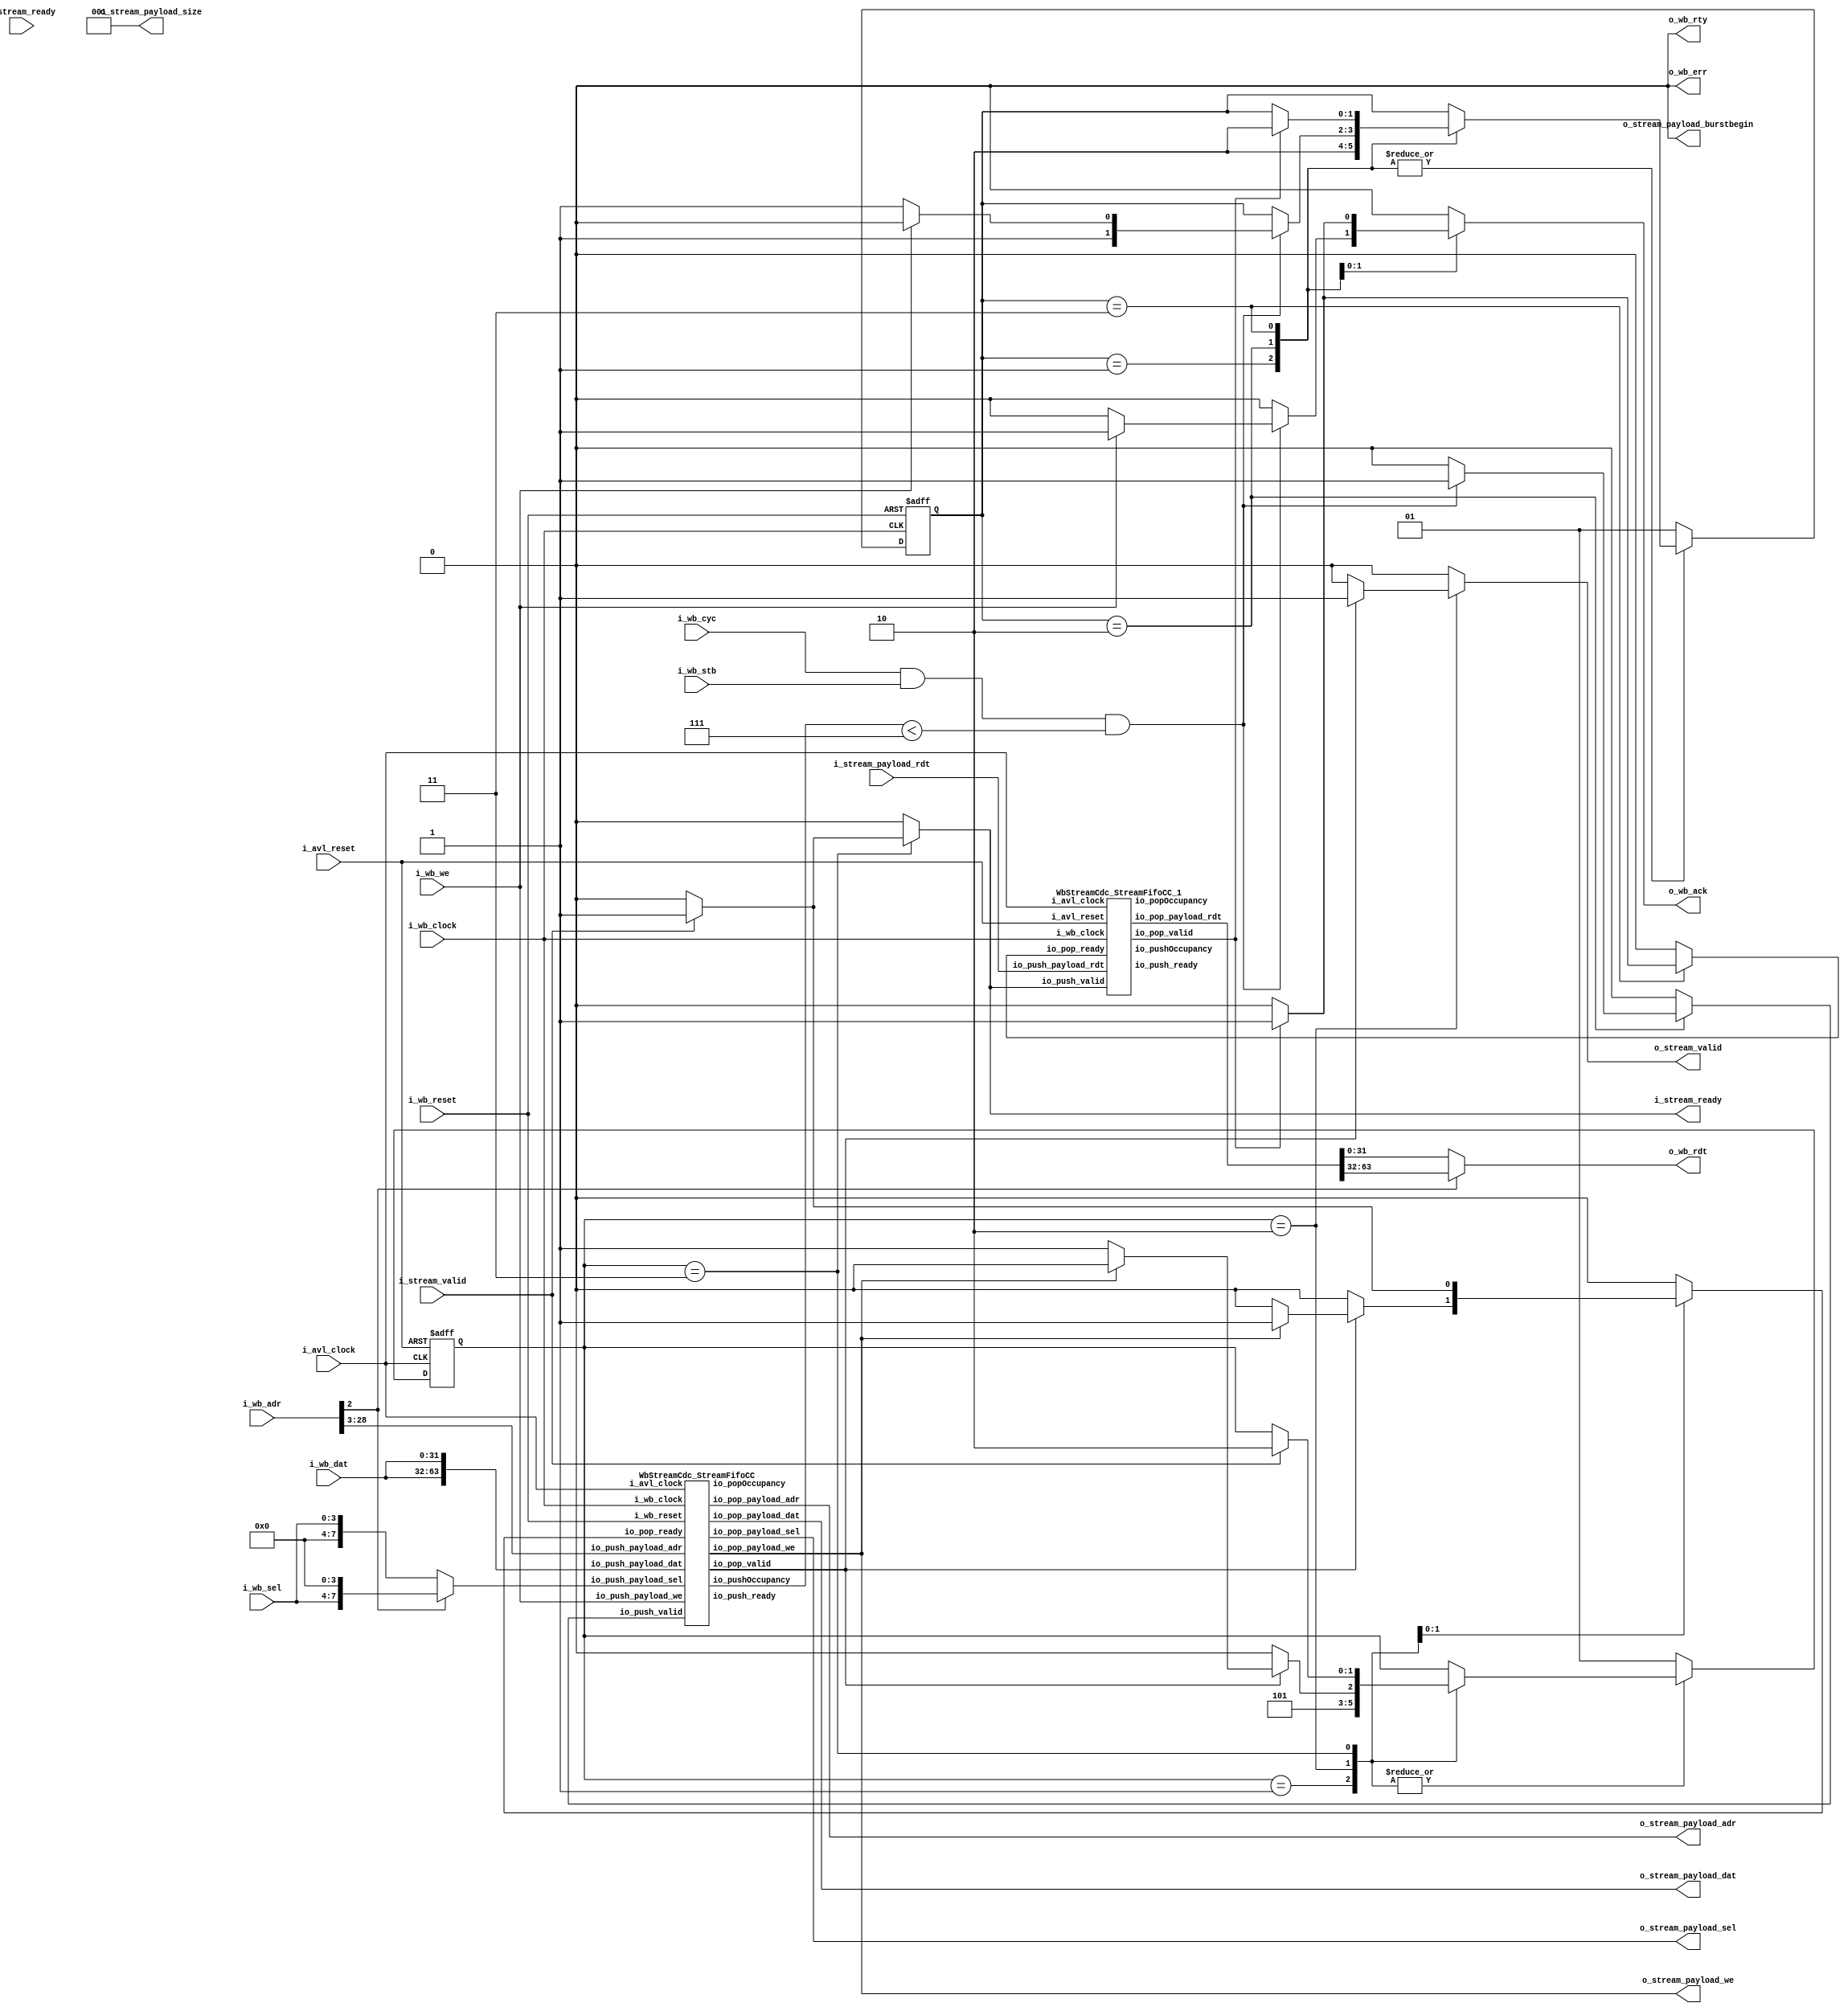
// Generator : SpinalHDL v1.6.4    git head : 598c18959149eb18e5eee5b0aa3eef01ecaa41a1
// Component : WbStreamCdc
// Git hash  : 0d73750da08867d712ad142e7a44c2b5ab44ff1b

`timescale 1ns/1ps 

module WbStreamCdc (
  input               i_wb_clock,
  input               i_wb_reset,
  input      [31:0]   i_wb_adr,
  input      [3:0]    i_wb_sel,
  input      [31:0]   i_wb_dat,
  output reg [31:0]   o_wb_rdt,
  input               i_wb_we,
  input               i_wb_cyc,
  input               i_wb_stb,
  output reg          o_wb_ack,
  output              o_wb_err,
  output              o_wb_rty,
  input               i_avl_clock,
  input               i_avl_reset,
  input               i_stream_valid,
  output reg          i_stream_ready,
  input      [63:0]   i_stream_payload_rdt,
  output reg          o_stream_valid,
  input               o_stream_ready,
  output              o_stream_payload_we,
  output     [25:0]   o_stream_payload_adr,
  output     [63:0]   o_stream_payload_dat,
  output     [7:0]    o_stream_payload_sel,
  output              o_stream_payload_burstbegin,
  output     [2:0]    o_stream_payload_size
);
  localparam wbClockArea_wbStateMachine_enumDef_BOOT = 2'd0;
  localparam wbClockArea_wbStateMachine_enumDef_Init = 2'd1;
  localparam wbClockArea_wbStateMachine_enumDef_Idle = 2'd2;
  localparam wbClockArea_wbStateMachine_enumDef_Read = 2'd3;
  localparam avlClockArea_avlStateMachine_enumDef_BOOT = 2'd0;
  localparam avlClockArea_avlStateMachine_enumDef_Init = 2'd1;
  localparam avlClockArea_avlStateMachine_enumDef_Idle = 2'd2;
  localparam avlClockArea_avlStateMachine_enumDef_Read = 2'd3;

  wire                fromWbStreamFifo_io_push_ready;
  wire                fromWbStreamFifo_io_pop_valid;
  wire                fromWbStreamFifo_io_pop_payload_we;
  wire       [25:0]   fromWbStreamFifo_io_pop_payload_adr;
  wire       [7:0]    fromWbStreamFifo_io_pop_payload_sel;
  wire       [63:0]   fromWbStreamFifo_io_pop_payload_dat;
  wire       [3:0]    fromWbStreamFifo_io_pushOccupancy;
  wire       [3:0]    fromWbStreamFifo_io_popOccupancy;
  wire                fromMemStreamFifoCC_io_push_ready;
  wire                fromMemStreamFifoCC_io_pop_valid;
  wire       [63:0]   fromMemStreamFifoCC_io_pop_payload_rdt;
  wire       [1:0]    fromMemStreamFifoCC_io_pushOccupancy;
  wire       [1:0]    fromMemStreamFifoCC_io_popOccupancy;
  reg        [7:0]    sel;
  reg                 fromWbToCdcStream_valid;
  wire                fromWbToCdcStream_ready;
  wire                fromWbToCdcStream_payload_we;
  wire       [25:0]   fromWbToCdcStream_payload_adr;
  wire       [7:0]    fromWbToCdcStream_payload_sel;
  wire       [63:0]   fromWbToCdcStream_payload_dat;
  wire                fromCdcToMemStream_valid;
  reg                 fromCdcToMemStream_ready;
  wire                fromCdcToMemStream_payload_we;
  wire       [25:0]   fromCdcToMemStream_payload_adr;
  wire       [7:0]    fromCdcToMemStream_payload_sel;
  wire       [63:0]   fromCdcToMemStream_payload_dat;
  reg                 fromMemToCdcStream_valid;
  wire                fromMemToCdcStream_ready;
  wire       [63:0]   fromMemToCdcStream_payload_rdt;
  wire                fromCdcToWbStream_valid;
  reg                 fromCdcToWbStream_ready;
  wire       [63:0]   fromCdcToWbStream_payload_rdt;
  wire                switch_WbStreamCdc_l184;
  wire                wbClockArea_wbStateMachine_wantExit;
  reg                 wbClockArea_wbStateMachine_wantStart;
  wire                wbClockArea_wbStateMachine_wantKill;
  wire                avlClockArea_avlStateMachine_wantExit;
  reg                 avlClockArea_avlStateMachine_wantStart;
  wire                avlClockArea_avlStateMachine_wantKill;
  reg        [1:0]    wbClockArea_wbStateMachine_stateReg;
  reg        [1:0]    wbClockArea_wbStateMachine_stateNext;
  wire                when_WbStreamCdc_l214;
  wire                when_WbStreamCdc_l217;
  reg        [1:0]    avlClockArea_avlStateMachine_stateReg;
  reg        [1:0]    avlClockArea_avlStateMachine_stateNext;
  `ifndef SYNTHESIS
  reg [31:0] wbClockArea_wbStateMachine_stateReg_string;
  reg [31:0] wbClockArea_wbStateMachine_stateNext_string;
  reg [31:0] avlClockArea_avlStateMachine_stateReg_string;
  reg [31:0] avlClockArea_avlStateMachine_stateNext_string;
  `endif


  WbStreamCdc_StreamFifoCC fromWbStreamFifo (
    .io_push_valid          (fromWbToCdcStream_valid                    ), //i
    .io_push_ready          (fromWbStreamFifo_io_push_ready             ), //o
    .io_push_payload_we     (fromWbToCdcStream_payload_we               ), //i
    .io_push_payload_adr    (fromWbToCdcStream_payload_adr[25:0]        ), //i
    .io_push_payload_sel    (fromWbToCdcStream_payload_sel[7:0]         ), //i
    .io_push_payload_dat    (fromWbToCdcStream_payload_dat[63:0]        ), //i
    .io_pop_valid           (fromWbStreamFifo_io_pop_valid              ), //o
    .io_pop_ready           (fromCdcToMemStream_ready                   ), //i
    .io_pop_payload_we      (fromWbStreamFifo_io_pop_payload_we         ), //o
    .io_pop_payload_adr     (fromWbStreamFifo_io_pop_payload_adr[25:0]  ), //o
    .io_pop_payload_sel     (fromWbStreamFifo_io_pop_payload_sel[7:0]   ), //o
    .io_pop_payload_dat     (fromWbStreamFifo_io_pop_payload_dat[63:0]  ), //o
    .io_pushOccupancy       (fromWbStreamFifo_io_pushOccupancy[3:0]     ), //o
    .io_popOccupancy        (fromWbStreamFifo_io_popOccupancy[3:0]      ), //o
    .i_wb_clock             (i_wb_clock                                 ), //i
    .i_wb_reset             (i_wb_reset                                 ), //i
    .i_avl_clock            (i_avl_clock                                )  //i
  );
  WbStreamCdc_StreamFifoCC_1 fromMemStreamFifoCC (
    .io_push_valid          (fromMemToCdcStream_valid                      ), //i
    .io_push_ready          (fromMemStreamFifoCC_io_push_ready             ), //o
    .io_push_payload_rdt    (fromMemToCdcStream_payload_rdt[63:0]          ), //i
    .io_pop_valid           (fromMemStreamFifoCC_io_pop_valid              ), //o
    .io_pop_ready           (fromCdcToWbStream_ready                       ), //i
    .io_pop_payload_rdt     (fromMemStreamFifoCC_io_pop_payload_rdt[63:0]  ), //o
    .io_pushOccupancy       (fromMemStreamFifoCC_io_pushOccupancy[1:0]     ), //o
    .io_popOccupancy        (fromMemStreamFifoCC_io_popOccupancy[1:0]      ), //o
    .i_avl_clock            (i_avl_clock                                   ), //i
    .i_avl_reset            (i_avl_reset                                   ), //i
    .i_wb_clock             (i_wb_clock                                    )  //i
  );
  `ifndef SYNTHESIS
  always @(*) begin
    case(wbClockArea_wbStateMachine_stateReg)
      wbClockArea_wbStateMachine_enumDef_BOOT : wbClockArea_wbStateMachine_stateReg_string = "BOOT";
      wbClockArea_wbStateMachine_enumDef_Init : wbClockArea_wbStateMachine_stateReg_string = "Init";
      wbClockArea_wbStateMachine_enumDef_Idle : wbClockArea_wbStateMachine_stateReg_string = "Idle";
      wbClockArea_wbStateMachine_enumDef_Read : wbClockArea_wbStateMachine_stateReg_string = "Read";
      default : wbClockArea_wbStateMachine_stateReg_string = "????";
    endcase
  end
  always @(*) begin
    case(wbClockArea_wbStateMachine_stateNext)
      wbClockArea_wbStateMachine_enumDef_BOOT : wbClockArea_wbStateMachine_stateNext_string = "BOOT";
      wbClockArea_wbStateMachine_enumDef_Init : wbClockArea_wbStateMachine_stateNext_string = "Init";
      wbClockArea_wbStateMachine_enumDef_Idle : wbClockArea_wbStateMachine_stateNext_string = "Idle";
      wbClockArea_wbStateMachine_enumDef_Read : wbClockArea_wbStateMachine_stateNext_string = "Read";
      default : wbClockArea_wbStateMachine_stateNext_string = "????";
    endcase
  end
  always @(*) begin
    case(avlClockArea_avlStateMachine_stateReg)
      avlClockArea_avlStateMachine_enumDef_BOOT : avlClockArea_avlStateMachine_stateReg_string = "BOOT";
      avlClockArea_avlStateMachine_enumDef_Init : avlClockArea_avlStateMachine_stateReg_string = "Init";
      avlClockArea_avlStateMachine_enumDef_Idle : avlClockArea_avlStateMachine_stateReg_string = "Idle";
      avlClockArea_avlStateMachine_enumDef_Read : avlClockArea_avlStateMachine_stateReg_string = "Read";
      default : avlClockArea_avlStateMachine_stateReg_string = "????";
    endcase
  end
  always @(*) begin
    case(avlClockArea_avlStateMachine_stateNext)
      avlClockArea_avlStateMachine_enumDef_BOOT : avlClockArea_avlStateMachine_stateNext_string = "BOOT";
      avlClockArea_avlStateMachine_enumDef_Init : avlClockArea_avlStateMachine_stateNext_string = "Init";
      avlClockArea_avlStateMachine_enumDef_Idle : avlClockArea_avlStateMachine_stateNext_string = "Idle";
      avlClockArea_avlStateMachine_enumDef_Read : avlClockArea_avlStateMachine_stateNext_string = "Read";
      default : avlClockArea_avlStateMachine_stateNext_string = "????";
    endcase
  end
  `endif

  assign o_wb_err = 1'b0;
  assign o_wb_rty = 1'b0;
  always @(*) begin
    fromWbToCdcStream_valid = 1'b0;
    case(wbClockArea_wbStateMachine_stateReg)
      wbClockArea_wbStateMachine_enumDef_Init : begin
      end
      wbClockArea_wbStateMachine_enumDef_Idle : begin
        if(when_WbStreamCdc_l214) begin
          fromWbToCdcStream_valid = 1'b1;
        end
      end
      wbClockArea_wbStateMachine_enumDef_Read : begin
      end
      default : begin
      end
    endcase
  end

  assign fromWbToCdcStream_payload_adr = i_wb_adr[28 : 3];
  assign fromWbToCdcStream_payload_dat = {i_wb_dat,i_wb_dat};
  assign fromWbToCdcStream_payload_we = i_wb_we;
  assign fromWbToCdcStream_payload_sel = sel;
  always @(*) begin
    fromCdcToMemStream_ready = 1'b0;
    case(avlClockArea_avlStateMachine_stateReg)
      avlClockArea_avlStateMachine_enumDef_Init : begin
      end
      avlClockArea_avlStateMachine_enumDef_Idle : begin
        if(fromCdcToMemStream_valid) begin
          if(fromCdcToMemStream_payload_we) begin
            fromCdcToMemStream_ready = 1'b1;
          end
        end
      end
      avlClockArea_avlStateMachine_enumDef_Read : begin
        if(i_stream_valid) begin
          fromCdcToMemStream_ready = 1'b1;
        end
      end
      default : begin
      end
    endcase
  end

  assign fromWbToCdcStream_ready = fromWbStreamFifo_io_push_ready;
  assign fromCdcToMemStream_valid = fromWbStreamFifo_io_pop_valid;
  assign fromCdcToMemStream_payload_we = fromWbStreamFifo_io_pop_payload_we;
  assign fromCdcToMemStream_payload_adr = fromWbStreamFifo_io_pop_payload_adr;
  assign fromCdcToMemStream_payload_sel = fromWbStreamFifo_io_pop_payload_sel;
  assign fromCdcToMemStream_payload_dat = fromWbStreamFifo_io_pop_payload_dat;
  always @(*) begin
    fromMemToCdcStream_valid = 1'b0;
    case(avlClockArea_avlStateMachine_stateReg)
      avlClockArea_avlStateMachine_enumDef_Init : begin
      end
      avlClockArea_avlStateMachine_enumDef_Idle : begin
      end
      avlClockArea_avlStateMachine_enumDef_Read : begin
        if(i_stream_valid) begin
          fromMemToCdcStream_valid = 1'b1;
        end
      end
      default : begin
      end
    endcase
  end

  always @(*) begin
    fromCdcToWbStream_ready = 1'b0;
    case(wbClockArea_wbStateMachine_stateReg)
      wbClockArea_wbStateMachine_enumDef_Init : begin
      end
      wbClockArea_wbStateMachine_enumDef_Idle : begin
      end
      wbClockArea_wbStateMachine_enumDef_Read : begin
        if(fromCdcToWbStream_valid) begin
          fromCdcToWbStream_ready = 1'b1;
        end
      end
      default : begin
      end
    endcase
  end

  assign fromMemToCdcStream_ready = fromMemStreamFifoCC_io_push_ready;
  assign fromCdcToWbStream_valid = fromMemStreamFifoCC_io_pop_valid;
  assign fromCdcToWbStream_payload_rdt = fromMemStreamFifoCC_io_pop_payload_rdt;
  assign switch_WbStreamCdc_l184 = i_wb_adr[2];
  always @(*) begin
    case(switch_WbStreamCdc_l184)
      1'b0 : begin
        sel = {4'b0000,i_wb_sel};
      end
      default : begin
        sel = {i_wb_sel,4'b0000};
      end
    endcase
  end

  always @(*) begin
    case(switch_WbStreamCdc_l184)
      1'b0 : begin
        o_wb_rdt = fromCdcToWbStream_payload_rdt[31 : 0];
      end
      default : begin
        o_wb_rdt = fromCdcToWbStream_payload_rdt[63 : 32];
      end
    endcase
  end

  always @(*) begin
    o_wb_ack = 1'b0;
    case(wbClockArea_wbStateMachine_stateReg)
      wbClockArea_wbStateMachine_enumDef_Init : begin
      end
      wbClockArea_wbStateMachine_enumDef_Idle : begin
        if(when_WbStreamCdc_l214) begin
          if(when_WbStreamCdc_l217) begin
            o_wb_ack = 1'b1;
          end
        end
      end
      wbClockArea_wbStateMachine_enumDef_Read : begin
        if(fromCdcToWbStream_valid) begin
          o_wb_ack = 1'b1;
        end
      end
      default : begin
      end
    endcase
  end

  assign wbClockArea_wbStateMachine_wantExit = 1'b0;
  always @(*) begin
    wbClockArea_wbStateMachine_wantStart = 1'b0;
    case(wbClockArea_wbStateMachine_stateReg)
      wbClockArea_wbStateMachine_enumDef_Init : begin
      end
      wbClockArea_wbStateMachine_enumDef_Idle : begin
      end
      wbClockArea_wbStateMachine_enumDef_Read : begin
      end
      default : begin
        wbClockArea_wbStateMachine_wantStart = 1'b1;
      end
    endcase
  end

  assign wbClockArea_wbStateMachine_wantKill = 1'b0;
  always @(*) begin
    i_stream_ready = 1'b0;
    case(avlClockArea_avlStateMachine_stateReg)
      avlClockArea_avlStateMachine_enumDef_Init : begin
      end
      avlClockArea_avlStateMachine_enumDef_Idle : begin
      end
      avlClockArea_avlStateMachine_enumDef_Read : begin
        if(i_stream_valid) begin
          i_stream_ready = 1'b1;
        end
      end
      default : begin
      end
    endcase
  end

  always @(*) begin
    o_stream_valid = 1'b0;
    case(avlClockArea_avlStateMachine_stateReg)
      avlClockArea_avlStateMachine_enumDef_Init : begin
      end
      avlClockArea_avlStateMachine_enumDef_Idle : begin
        if(fromCdcToMemStream_valid) begin
          o_stream_valid = 1'b1;
        end
      end
      avlClockArea_avlStateMachine_enumDef_Read : begin
      end
      default : begin
      end
    endcase
  end

  assign o_stream_payload_sel = fromCdcToMemStream_payload_sel;
  assign o_stream_payload_dat = fromCdcToMemStream_payload_dat;
  assign o_stream_payload_burstbegin = 1'b0;
  assign o_stream_payload_size = 3'b001;
  assign o_stream_payload_we = fromCdcToMemStream_payload_we;
  assign o_stream_payload_adr = fromCdcToMemStream_payload_adr;
  assign fromMemToCdcStream_payload_rdt = i_stream_payload_rdt;
  assign avlClockArea_avlStateMachine_wantExit = 1'b0;
  always @(*) begin
    avlClockArea_avlStateMachine_wantStart = 1'b0;
    case(avlClockArea_avlStateMachine_stateReg)
      avlClockArea_avlStateMachine_enumDef_Init : begin
      end
      avlClockArea_avlStateMachine_enumDef_Idle : begin
      end
      avlClockArea_avlStateMachine_enumDef_Read : begin
      end
      default : begin
        avlClockArea_avlStateMachine_wantStart = 1'b1;
      end
    endcase
  end

  assign avlClockArea_avlStateMachine_wantKill = 1'b0;
  always @(*) begin
    wbClockArea_wbStateMachine_stateNext = wbClockArea_wbStateMachine_stateReg;
    case(wbClockArea_wbStateMachine_stateReg)
      wbClockArea_wbStateMachine_enumDef_Init : begin
        wbClockArea_wbStateMachine_stateNext = wbClockArea_wbStateMachine_enumDef_Idle;
      end
      wbClockArea_wbStateMachine_enumDef_Idle : begin
        if(when_WbStreamCdc_l214) begin
          if(when_WbStreamCdc_l217) begin
            wbClockArea_wbStateMachine_stateNext = wbClockArea_wbStateMachine_enumDef_Idle;
          end else begin
            wbClockArea_wbStateMachine_stateNext = wbClockArea_wbStateMachine_enumDef_Read;
          end
        end
      end
      wbClockArea_wbStateMachine_enumDef_Read : begin
        if(fromCdcToWbStream_valid) begin
          wbClockArea_wbStateMachine_stateNext = wbClockArea_wbStateMachine_enumDef_Idle;
        end
      end
      default : begin
      end
    endcase
    if(wbClockArea_wbStateMachine_wantStart) begin
      wbClockArea_wbStateMachine_stateNext = wbClockArea_wbStateMachine_enumDef_Init;
    end
    if(wbClockArea_wbStateMachine_wantKill) begin
      wbClockArea_wbStateMachine_stateNext = wbClockArea_wbStateMachine_enumDef_BOOT;
    end
  end

  assign when_WbStreamCdc_l214 = ((i_wb_cyc && i_wb_stb) && (fromWbStreamFifo_io_pushOccupancy < 4'b0111));
  assign when_WbStreamCdc_l217 = (i_wb_we == 1'b1);
  always @(*) begin
    avlClockArea_avlStateMachine_stateNext = avlClockArea_avlStateMachine_stateReg;
    case(avlClockArea_avlStateMachine_stateReg)
      avlClockArea_avlStateMachine_enumDef_Init : begin
        avlClockArea_avlStateMachine_stateNext = avlClockArea_avlStateMachine_enumDef_Idle;
      end
      avlClockArea_avlStateMachine_enumDef_Idle : begin
        avlClockArea_avlStateMachine_stateNext = avlClockArea_avlStateMachine_enumDef_Idle;
        if(fromCdcToMemStream_valid) begin
          if(!fromCdcToMemStream_payload_we) begin
            avlClockArea_avlStateMachine_stateNext = avlClockArea_avlStateMachine_enumDef_Read;
          end
        end
      end
      avlClockArea_avlStateMachine_enumDef_Read : begin
        if(i_stream_valid) begin
          avlClockArea_avlStateMachine_stateNext = avlClockArea_avlStateMachine_enumDef_Idle;
        end
      end
      default : begin
      end
    endcase
    if(avlClockArea_avlStateMachine_wantStart) begin
      avlClockArea_avlStateMachine_stateNext = avlClockArea_avlStateMachine_enumDef_Init;
    end
    if(avlClockArea_avlStateMachine_wantKill) begin
      avlClockArea_avlStateMachine_stateNext = avlClockArea_avlStateMachine_enumDef_BOOT;
    end
  end

  always @(posedge i_wb_clock or posedge i_wb_reset) begin
    if(i_wb_reset) begin
      wbClockArea_wbStateMachine_stateReg <= wbClockArea_wbStateMachine_enumDef_BOOT;
    end else begin
      wbClockArea_wbStateMachine_stateReg <= wbClockArea_wbStateMachine_stateNext;
    end
  end

  always @(posedge i_avl_clock or posedge i_avl_reset) begin
    if(i_avl_reset) begin
      avlClockArea_avlStateMachine_stateReg <= avlClockArea_avlStateMachine_enumDef_BOOT;
    end else begin
      avlClockArea_avlStateMachine_stateReg <= avlClockArea_avlStateMachine_stateNext;
    end
  end


endmodule

module WbStreamCdc_StreamFifoCC_1 (
  input               io_push_valid,
  output              io_push_ready,
  input      [63:0]   io_push_payload_rdt,
  output              io_pop_valid,
  input               io_pop_ready,
  output     [63:0]   io_pop_payload_rdt,
  output     [1:0]    io_pushOccupancy,
  output     [1:0]    io_popOccupancy,
  input               i_avl_clock,
  input               i_avl_reset,
  input               i_wb_clock
);

  reg        [63:0]   _zz_ram_port1;
  wire       [1:0]    popToPushGray_buffercc_io_dataOut;
  wire                bufferCC_io_dataOut;
  wire       [1:0]    pushToPopGray_buffercc_io_dataOut;
  wire       [1:0]    _zz_pushCC_pushPtrGray;
  wire       [0:0]    _zz_ram_port;
  wire       [1:0]    _zz_popCC_popPtrGray;
  wire       [0:0]    _zz_ram_port_1;
  wire                _zz_ram_port_2;
  wire       [0:0]    _zz_io_pop_payload_rdt_1;
  wire                _zz_io_pop_payload_rdt_2;
  reg                 _zz_1;
  wire       [1:0]    popToPushGray;
  wire       [1:0]    pushToPopGray;
  reg        [1:0]    pushCC_pushPtr;
  wire       [1:0]    pushCC_pushPtrPlus;
  wire                io_push_fire;
  reg        [1:0]    pushCC_pushPtrGray;
  wire       [1:0]    pushCC_popPtrGray;
  wire                pushCC_full;
  wire                io_push_fire_1;
  wire                _zz_io_pushOccupancy;
  wire                toplevel_i_avl_reset_syncronized;
  reg        [1:0]    popCC_popPtr;
  wire       [1:0]    popCC_popPtrPlus;
  wire                io_pop_fire;
  reg        [1:0]    popCC_popPtrGray;
  wire       [1:0]    popCC_pushPtrGray;
  wire                popCC_empty;
  wire                io_pop_fire_1;
  wire       [1:0]    _zz_io_pop_payload_rdt;
  wire                io_pop_fire_2;
  wire                _zz_io_popOccupancy;
  reg [63:0] ram [0:1];

  assign _zz_pushCC_pushPtrGray = (pushCC_pushPtrPlus >>> 1'b1);
  assign _zz_ram_port = pushCC_pushPtr[0:0];
  assign _zz_popCC_popPtrGray = (popCC_popPtrPlus >>> 1'b1);
  assign _zz_io_pop_payload_rdt_1 = _zz_io_pop_payload_rdt[0:0];
  assign _zz_io_pop_payload_rdt_2 = 1'b1;
  always @(posedge i_avl_clock) begin
    if(_zz_1) begin
      ram[_zz_ram_port] <= io_push_payload_rdt;
    end
  end

  always @(posedge i_wb_clock) begin
    if(_zz_io_pop_payload_rdt_2) begin
      _zz_ram_port1 <= ram[_zz_io_pop_payload_rdt_1];
    end
  end

  WbStreamCdc_BufferCC_3 popToPushGray_buffercc (
    .io_dataIn      (popToPushGray[1:0]                      ), //i
    .io_dataOut     (popToPushGray_buffercc_io_dataOut[1:0]  ), //o
    .i_avl_clock    (i_avl_clock                             ), //i
    .i_avl_reset    (i_avl_reset                             )  //i
  );
  WbStreamCdc_BufferCC_4 bufferCC (
    .io_dataIn      (1'b0                 ), //i
    .io_dataOut     (bufferCC_io_dataOut  ), //o
    .i_wb_clock     (i_wb_clock           ), //i
    .i_avl_reset    (i_avl_reset          )  //i
  );
  WbStreamCdc_BufferCC_5 pushToPopGray_buffercc (
    .io_dataIn                           (pushToPopGray[1:0]                      ), //i
    .io_dataOut                          (pushToPopGray_buffercc_io_dataOut[1:0]  ), //o
    .i_wb_clock                          (i_wb_clock                              ), //i
    .toplevel_i_avl_reset_syncronized    (toplevel_i_avl_reset_syncronized        )  //i
  );
  always @(*) begin
    _zz_1 = 1'b0;
    if(io_push_fire_1) begin
      _zz_1 = 1'b1;
    end
  end

  assign pushCC_pushPtrPlus = (pushCC_pushPtr + 2'b01);
  assign io_push_fire = (io_push_valid && io_push_ready);
  assign pushCC_popPtrGray = popToPushGray_buffercc_io_dataOut;
  assign pushCC_full = ((pushCC_pushPtrGray[1 : 0] == (~ pushCC_popPtrGray[1 : 0])) && 1'b1);
  assign io_push_ready = (! pushCC_full);
  assign io_push_fire_1 = (io_push_valid && io_push_ready);
  assign _zz_io_pushOccupancy = pushCC_popPtrGray[1];
  assign io_pushOccupancy = (pushCC_pushPtr - {_zz_io_pushOccupancy,(pushCC_popPtrGray[0] ^ _zz_io_pushOccupancy)});
  assign toplevel_i_avl_reset_syncronized = bufferCC_io_dataOut;
  assign popCC_popPtrPlus = (popCC_popPtr + 2'b01);
  assign io_pop_fire = (io_pop_valid && io_pop_ready);
  assign popCC_pushPtrGray = pushToPopGray_buffercc_io_dataOut;
  assign popCC_empty = (popCC_popPtrGray == popCC_pushPtrGray);
  assign io_pop_valid = (! popCC_empty);
  assign io_pop_fire_1 = (io_pop_valid && io_pop_ready);
  assign _zz_io_pop_payload_rdt = (io_pop_fire_1 ? popCC_popPtrPlus : popCC_popPtr);
  assign io_pop_payload_rdt = _zz_ram_port1[63 : 0];
  assign io_pop_fire_2 = (io_pop_valid && io_pop_ready);
  assign _zz_io_popOccupancy = popCC_pushPtrGray[1];
  assign io_popOccupancy = ({_zz_io_popOccupancy,(popCC_pushPtrGray[0] ^ _zz_io_popOccupancy)} - popCC_popPtr);
  assign pushToPopGray = pushCC_pushPtrGray;
  assign popToPushGray = popCC_popPtrGray;
  always @(posedge i_avl_clock or posedge i_avl_reset) begin
    if(i_avl_reset) begin
      pushCC_pushPtr <= 2'b00;
      pushCC_pushPtrGray <= 2'b00;
    end else begin
      if(io_push_fire) begin
        pushCC_pushPtrGray <= (_zz_pushCC_pushPtrGray ^ pushCC_pushPtrPlus);
      end
      if(io_push_fire_1) begin
        pushCC_pushPtr <= pushCC_pushPtrPlus;
      end
    end
  end

  always @(posedge i_wb_clock or posedge toplevel_i_avl_reset_syncronized) begin
    if(toplevel_i_avl_reset_syncronized) begin
      popCC_popPtr <= 2'b00;
      popCC_popPtrGray <= 2'b00;
    end else begin
      if(io_pop_fire) begin
        popCC_popPtrGray <= (_zz_popCC_popPtrGray ^ popCC_popPtrPlus);
      end
      if(io_pop_fire_2) begin
        popCC_popPtr <= popCC_popPtrPlus;
      end
    end
  end


endmodule

module WbStreamCdc_StreamFifoCC (
  input               io_push_valid,
  output              io_push_ready,
  input               io_push_payload_we,
  input      [25:0]   io_push_payload_adr,
  input      [7:0]    io_push_payload_sel,
  input      [63:0]   io_push_payload_dat,
  output              io_pop_valid,
  input               io_pop_ready,
  output              io_pop_payload_we,
  output     [25:0]   io_pop_payload_adr,
  output     [7:0]    io_pop_payload_sel,
  output     [63:0]   io_pop_payload_dat,
  output     [3:0]    io_pushOccupancy,
  output     [3:0]    io_popOccupancy,
  input               i_wb_clock,
  input               i_wb_reset,
  input               i_avl_clock
);

  reg        [98:0]   _zz_ram_port1;
  wire       [3:0]    popToPushGray_buffercc_io_dataOut;
  wire                bufferCC_io_dataOut;
  wire       [3:0]    pushToPopGray_buffercc_io_dataOut;
  wire       [3:0]    _zz_pushCC_pushPtrGray;
  wire       [2:0]    _zz_ram_port;
  wire       [98:0]   _zz_ram_port_1;
  wire       [3:0]    _zz_popCC_popPtrGray;
  wire       [2:0]    _zz_ram_port_2;
  wire                _zz_ram_port_3;
  wire       [2:0]    _zz__zz_io_pop_payload_we_1;
  wire                _zz__zz_io_pop_payload_we_1_1;
  reg                 _zz_1;
  wire       [3:0]    popToPushGray;
  wire       [3:0]    pushToPopGray;
  reg        [3:0]    pushCC_pushPtr;
  wire       [3:0]    pushCC_pushPtrPlus;
  wire                io_push_fire;
  reg        [3:0]    pushCC_pushPtrGray;
  wire       [3:0]    pushCC_popPtrGray;
  wire                pushCC_full;
  wire                io_push_fire_1;
  wire                _zz_io_pushOccupancy;
  wire                _zz_io_pushOccupancy_1;
  wire                _zz_io_pushOccupancy_2;
  wire                toplevel_i_wb_reset_syncronized;
  reg        [3:0]    popCC_popPtr;
  wire       [3:0]    popCC_popPtrPlus;
  wire                io_pop_fire;
  reg        [3:0]    popCC_popPtrGray;
  wire       [3:0]    popCC_pushPtrGray;
  wire                popCC_empty;
  wire                io_pop_fire_1;
  wire       [3:0]    _zz_io_pop_payload_we;
  wire       [98:0]   _zz_io_pop_payload_we_1;
  wire                io_pop_fire_2;
  wire                _zz_io_popOccupancy;
  wire                _zz_io_popOccupancy_1;
  wire                _zz_io_popOccupancy_2;
  reg [98:0] ram [0:7];

  assign _zz_pushCC_pushPtrGray = (pushCC_pushPtrPlus >>> 1'b1);
  assign _zz_ram_port = pushCC_pushPtr[2:0];
  assign _zz_popCC_popPtrGray = (popCC_popPtrPlus >>> 1'b1);
  assign _zz__zz_io_pop_payload_we_1 = _zz_io_pop_payload_we[2:0];
  assign _zz_ram_port_1 = {io_push_payload_dat,{io_push_payload_sel,{io_push_payload_adr,io_push_payload_we}}};
  assign _zz__zz_io_pop_payload_we_1_1 = 1'b1;
  always @(posedge i_wb_clock) begin
    if(_zz_1) begin
      ram[_zz_ram_port] <= _zz_ram_port_1;
    end
  end

  always @(posedge i_avl_clock) begin
    if(_zz__zz_io_pop_payload_we_1_1) begin
      _zz_ram_port1 <= ram[_zz__zz_io_pop_payload_we_1];
    end
  end

  WbStreamCdc_BufferCC popToPushGray_buffercc (
    .io_dataIn     (popToPushGray[3:0]                      ), //i
    .io_dataOut    (popToPushGray_buffercc_io_dataOut[3:0]  ), //o
    .i_wb_clock    (i_wb_clock                              ), //i
    .i_wb_reset    (i_wb_reset                              )  //i
  );
  WbStreamCdc_BufferCC_1 bufferCC (
    .io_dataIn      (1'b0                 ), //i
    .io_dataOut     (bufferCC_io_dataOut  ), //o
    .i_avl_clock    (i_avl_clock          ), //i
    .i_wb_reset     (i_wb_reset           )  //i
  );
  WbStreamCdc_BufferCC_2 pushToPopGray_buffercc (
    .io_dataIn                          (pushToPopGray[3:0]                      ), //i
    .io_dataOut                         (pushToPopGray_buffercc_io_dataOut[3:0]  ), //o
    .i_avl_clock                        (i_avl_clock                             ), //i
    .toplevel_i_wb_reset_syncronized    (toplevel_i_wb_reset_syncronized         )  //i
  );
  always @(*) begin
    _zz_1 = 1'b0;
    if(io_push_fire_1) begin
      _zz_1 = 1'b1;
    end
  end

  assign pushCC_pushPtrPlus = (pushCC_pushPtr + 4'b0001);
  assign io_push_fire = (io_push_valid && io_push_ready);
  assign pushCC_popPtrGray = popToPushGray_buffercc_io_dataOut;
  assign pushCC_full = ((pushCC_pushPtrGray[3 : 2] == (~ pushCC_popPtrGray[3 : 2])) && (pushCC_pushPtrGray[1 : 0] == pushCC_popPtrGray[1 : 0]));
  assign io_push_ready = (! pushCC_full);
  assign io_push_fire_1 = (io_push_valid && io_push_ready);
  assign _zz_io_pushOccupancy = (pushCC_popPtrGray[1] ^ _zz_io_pushOccupancy_1);
  assign _zz_io_pushOccupancy_1 = (pushCC_popPtrGray[2] ^ _zz_io_pushOccupancy_2);
  assign _zz_io_pushOccupancy_2 = pushCC_popPtrGray[3];
  assign io_pushOccupancy = (pushCC_pushPtr - {_zz_io_pushOccupancy_2,{_zz_io_pushOccupancy_1,{_zz_io_pushOccupancy,(pushCC_popPtrGray[0] ^ _zz_io_pushOccupancy)}}});
  assign toplevel_i_wb_reset_syncronized = bufferCC_io_dataOut;
  assign popCC_popPtrPlus = (popCC_popPtr + 4'b0001);
  assign io_pop_fire = (io_pop_valid && io_pop_ready);
  assign popCC_pushPtrGray = pushToPopGray_buffercc_io_dataOut;
  assign popCC_empty = (popCC_popPtrGray == popCC_pushPtrGray);
  assign io_pop_valid = (! popCC_empty);
  assign io_pop_fire_1 = (io_pop_valid && io_pop_ready);
  assign _zz_io_pop_payload_we = (io_pop_fire_1 ? popCC_popPtrPlus : popCC_popPtr);
  assign _zz_io_pop_payload_we_1 = _zz_ram_port1;
  assign io_pop_payload_we = _zz_io_pop_payload_we_1[0];
  assign io_pop_payload_adr = _zz_io_pop_payload_we_1[26 : 1];
  assign io_pop_payload_sel = _zz_io_pop_payload_we_1[34 : 27];
  assign io_pop_payload_dat = _zz_io_pop_payload_we_1[98 : 35];
  assign io_pop_fire_2 = (io_pop_valid && io_pop_ready);
  assign _zz_io_popOccupancy = (popCC_pushPtrGray[1] ^ _zz_io_popOccupancy_1);
  assign _zz_io_popOccupancy_1 = (popCC_pushPtrGray[2] ^ _zz_io_popOccupancy_2);
  assign _zz_io_popOccupancy_2 = popCC_pushPtrGray[3];
  assign io_popOccupancy = ({_zz_io_popOccupancy_2,{_zz_io_popOccupancy_1,{_zz_io_popOccupancy,(popCC_pushPtrGray[0] ^ _zz_io_popOccupancy)}}} - popCC_popPtr);
  assign pushToPopGray = pushCC_pushPtrGray;
  assign popToPushGray = popCC_popPtrGray;
  always @(posedge i_wb_clock or posedge i_wb_reset) begin
    if(i_wb_reset) begin
      pushCC_pushPtr <= 4'b0000;
      pushCC_pushPtrGray <= 4'b0000;
    end else begin
      if(io_push_fire) begin
        pushCC_pushPtrGray <= (_zz_pushCC_pushPtrGray ^ pushCC_pushPtrPlus);
      end
      if(io_push_fire_1) begin
        pushCC_pushPtr <= pushCC_pushPtrPlus;
      end
    end
  end

  always @(posedge i_avl_clock or posedge toplevel_i_wb_reset_syncronized) begin
    if(toplevel_i_wb_reset_syncronized) begin
      popCC_popPtr <= 4'b0000;
      popCC_popPtrGray <= 4'b0000;
    end else begin
      if(io_pop_fire) begin
        popCC_popPtrGray <= (_zz_popCC_popPtrGray ^ popCC_popPtrPlus);
      end
      if(io_pop_fire_2) begin
        popCC_popPtr <= popCC_popPtrPlus;
      end
    end
  end


endmodule

module WbStreamCdc_BufferCC_5 (
  input      [1:0]    io_dataIn,
  output     [1:0]    io_dataOut,
  input               i_wb_clock,
  input               toplevel_i_avl_reset_syncronized
);

  (* async_reg = "true" *) reg        [1:0]    buffers_0;
  (* async_reg = "true" *) reg        [1:0]    buffers_1;

  assign io_dataOut = buffers_1;
  always @(posedge i_wb_clock or posedge toplevel_i_avl_reset_syncronized) begin
    if(toplevel_i_avl_reset_syncronized) begin
      buffers_0 <= 2'b00;
      buffers_1 <= 2'b00;
    end else begin
      buffers_0 <= io_dataIn;
      buffers_1 <= buffers_0;
    end
  end


endmodule

module WbStreamCdc_BufferCC_4 (
  input               io_dataIn,
  output              io_dataOut,
  input               i_wb_clock,
  input               i_avl_reset
);

  (* async_reg = "true" *) reg                 buffers_0;
  (* async_reg = "true" *) reg                 buffers_1;

  assign io_dataOut = buffers_1;
  always @(posedge i_wb_clock or posedge i_avl_reset) begin
    if(i_avl_reset) begin
      buffers_0 <= 1'b1;
      buffers_1 <= 1'b1;
    end else begin
      buffers_0 <= io_dataIn;
      buffers_1 <= buffers_0;
    end
  end


endmodule

module WbStreamCdc_BufferCC_3 (
  input      [1:0]    io_dataIn,
  output     [1:0]    io_dataOut,
  input               i_avl_clock,
  input               i_avl_reset
);

  (* async_reg = "true" *) reg        [1:0]    buffers_0;
  (* async_reg = "true" *) reg        [1:0]    buffers_1;

  assign io_dataOut = buffers_1;
  always @(posedge i_avl_clock or posedge i_avl_reset) begin
    if(i_avl_reset) begin
      buffers_0 <= 2'b00;
      buffers_1 <= 2'b00;
    end else begin
      buffers_0 <= io_dataIn;
      buffers_1 <= buffers_0;
    end
  end


endmodule

module WbStreamCdc_BufferCC_2 (
  input      [3:0]    io_dataIn,
  output     [3:0]    io_dataOut,
  input               i_avl_clock,
  input               toplevel_i_wb_reset_syncronized
);

  (* async_reg = "true" *) reg        [3:0]    buffers_0;
  (* async_reg = "true" *) reg        [3:0]    buffers_1;

  assign io_dataOut = buffers_1;
  always @(posedge i_avl_clock or posedge toplevel_i_wb_reset_syncronized) begin
    if(toplevel_i_wb_reset_syncronized) begin
      buffers_0 <= 4'b0000;
      buffers_1 <= 4'b0000;
    end else begin
      buffers_0 <= io_dataIn;
      buffers_1 <= buffers_0;
    end
  end


endmodule

module WbStreamCdc_BufferCC_1 (
  input               io_dataIn,
  output              io_dataOut,
  input               i_avl_clock,
  input               i_wb_reset
);

  (* async_reg = "true" *) reg                 buffers_0;
  (* async_reg = "true" *) reg                 buffers_1;

  assign io_dataOut = buffers_1;
  always @(posedge i_avl_clock or posedge i_wb_reset) begin
    if(i_wb_reset) begin
      buffers_0 <= 1'b1;
      buffers_1 <= 1'b1;
    end else begin
      buffers_0 <= io_dataIn;
      buffers_1 <= buffers_0;
    end
  end


endmodule

module WbStreamCdc_BufferCC (
  input      [3:0]    io_dataIn,
  output     [3:0]    io_dataOut,
  input               i_wb_clock,
  input               i_wb_reset
);

  (* async_reg = "true" *) reg        [3:0]    buffers_0;
  (* async_reg = "true" *) reg        [3:0]    buffers_1;

  assign io_dataOut = buffers_1;
  always @(posedge i_wb_clock or posedge i_wb_reset) begin
    if(i_wb_reset) begin
      buffers_0 <= 4'b0000;
      buffers_1 <= 4'b0000;
    end else begin
      buffers_0 <= io_dataIn;
      buffers_1 <= buffers_0;
    end
  end


endmodule